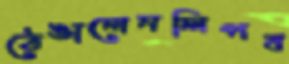
ঠেঙালেনলিপব